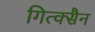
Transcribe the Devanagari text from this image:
गित्क्सैन